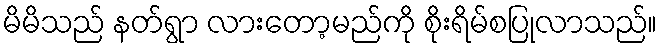
မိမိသည် နတ်ရွာ လားတော့မည်ကို စိုးရိမ်စပြုလာသည်။